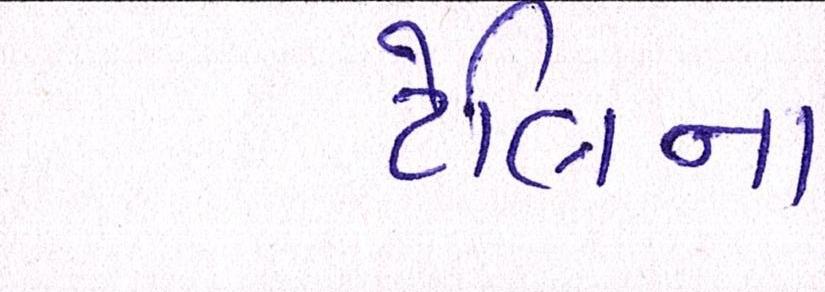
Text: ટેલિના